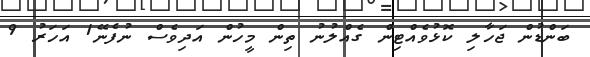
ބަންޑުން ޖަހާލި ކޮޅުވެއްޓިން ގެއްލުނު ތިން މީހުން އަދިވެސް ނުފެނޭ1 އަހަރު 9